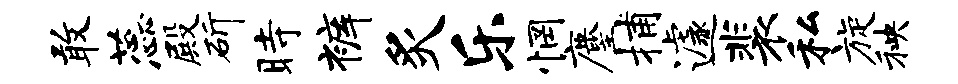
敢蕊殿斫时裤炙乐惘麈捕遽裴私旋秧